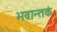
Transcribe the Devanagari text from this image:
भवान्तकं